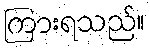
ကြားရသည်။